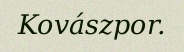
Kovászpor.